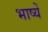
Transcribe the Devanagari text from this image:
भाष्यें